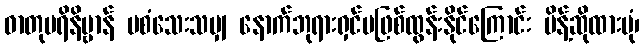
ဓာတုပရိနိဗ္ဗာန် မစံသေးသမျှ နောက်ဘုရားရှင်မဖြစ်ထွန်းနိုင်ကြောင်း မိန့်ဆိုထားပုံ၊